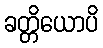
ခတ္တိယောပိ